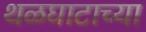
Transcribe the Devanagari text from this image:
थळघाटाच्या